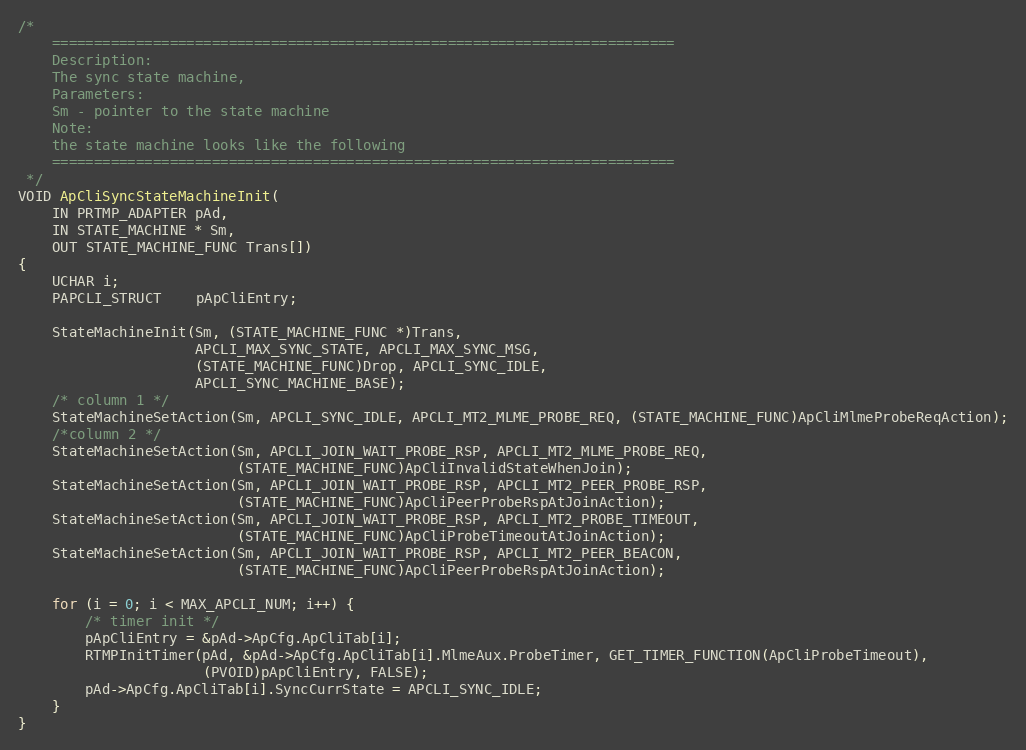
Language: C
/*
    ==========================================================================
    Description:
	The sync state machine,
    Parameters:
	Sm - pointer to the state machine
    Note:
	the state machine looks like the following
    ==========================================================================
 */
VOID ApCliSyncStateMachineInit(
	IN PRTMP_ADAPTER pAd,
	IN STATE_MACHINE * Sm,
	OUT STATE_MACHINE_FUNC Trans[])
{
	UCHAR i;
	PAPCLI_STRUCT	pApCliEntry;

	StateMachineInit(Sm, (STATE_MACHINE_FUNC *)Trans,
					 APCLI_MAX_SYNC_STATE, APCLI_MAX_SYNC_MSG,
					 (STATE_MACHINE_FUNC)Drop, APCLI_SYNC_IDLE,
					 APCLI_SYNC_MACHINE_BASE);
	/* column 1 */
	StateMachineSetAction(Sm, APCLI_SYNC_IDLE, APCLI_MT2_MLME_PROBE_REQ, (STATE_MACHINE_FUNC)ApCliMlmeProbeReqAction);
	/*column 2 */
	StateMachineSetAction(Sm, APCLI_JOIN_WAIT_PROBE_RSP, APCLI_MT2_MLME_PROBE_REQ,
						  (STATE_MACHINE_FUNC)ApCliInvalidStateWhenJoin);
	StateMachineSetAction(Sm, APCLI_JOIN_WAIT_PROBE_RSP, APCLI_MT2_PEER_PROBE_RSP,
						  (STATE_MACHINE_FUNC)ApCliPeerProbeRspAtJoinAction);
	StateMachineSetAction(Sm, APCLI_JOIN_WAIT_PROBE_RSP, APCLI_MT2_PROBE_TIMEOUT,
						  (STATE_MACHINE_FUNC)ApCliProbeTimeoutAtJoinAction);
	StateMachineSetAction(Sm, APCLI_JOIN_WAIT_PROBE_RSP, APCLI_MT2_PEER_BEACON,
						  (STATE_MACHINE_FUNC)ApCliPeerProbeRspAtJoinAction);

	for (i = 0; i < MAX_APCLI_NUM; i++) {
		/* timer init */
		pApCliEntry = &pAd->ApCfg.ApCliTab[i];
		RTMPInitTimer(pAd, &pAd->ApCfg.ApCliTab[i].MlmeAux.ProbeTimer, GET_TIMER_FUNCTION(ApCliProbeTimeout),
					  (PVOID)pApCliEntry, FALSE);
		pAd->ApCfg.ApCliTab[i].SyncCurrState = APCLI_SYNC_IDLE;
	}
}